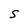
Character: S